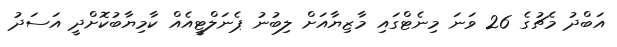
އަބްދު މެޗުގެ 26 ވަނަ މިނެޓްގައި މާޒިޔާއަށް ލިބުނު ޕެނަލްޓީއެއް ކާމިޔާބުކޮށްދީ އަސަދު